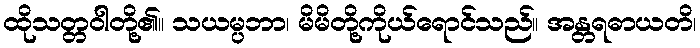
ထိုသတ္တဝါတို့၏။ သယမ္ပဘာ၊ မိမိတို့ကိုယ်ရောင်သည်။ အန္တရဓာယတိ၊